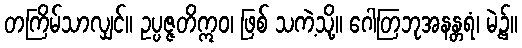
တကြိမ်သာလျှင်။ ဥပ္ပဇ္ဇတိဣဝ၊ ဖြစ် သကဲ့သို့။ ဂေါတြဘုအနန္တရံ၊ မဲ့၌။